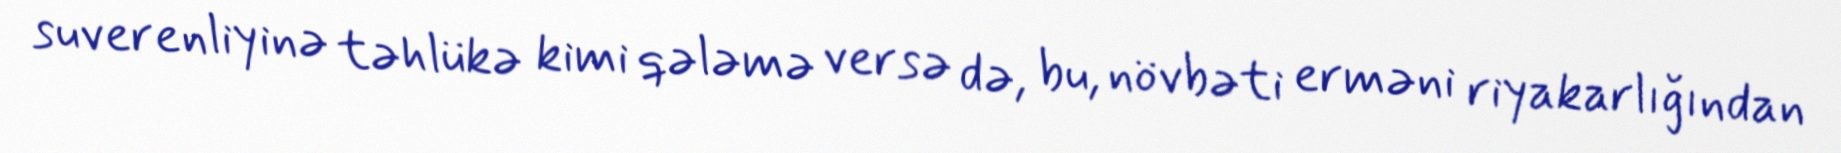
suverenliyinə təhlükə kimi qələmə versə də, bu, növbəti erməni riyakarlığından